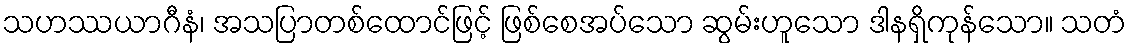
သဟဿယာဂီနံ၊ အသပြာတစ်ထောင်ဖြင့် ဖြစ်စေအပ်သော ဆွမ်းဟူသော ဒါနရှိကုန်သော။ သတံ